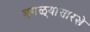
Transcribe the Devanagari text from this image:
बगळ्यांसारखे